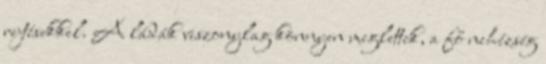
rejtésekkel. A ládák viszonylag könnyen meglettek, a fő nehézség